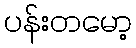
ပန်းတမော့